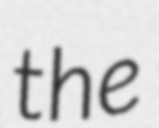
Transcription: the